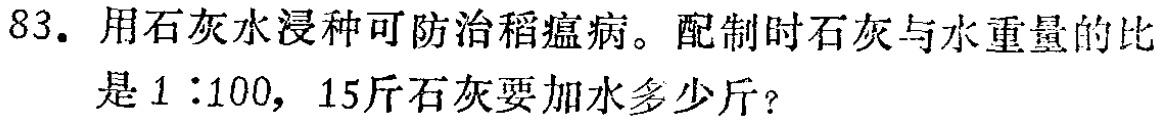
83. 用石灰水浸种可防治稻瘟病。配制时石灰与水重量的比是\(1:100\)，15斤石灰要加水多少斤？